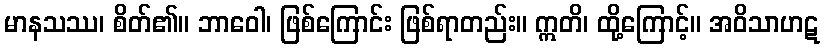
မာနသဿ၊ စိတ်၏။ ဘာဝေါ၊ ဖြစ်ကြောင်း ဖြစ်ရာတည်း။ ဣတိ၊ ထို့ကြောင့်။ အဝိသာဟဋ